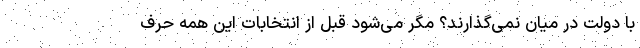
با دولت در میان نمی‌گذارند؟ مگر می‌شود قبل از انتخابات این همه حرف